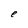
Character: e